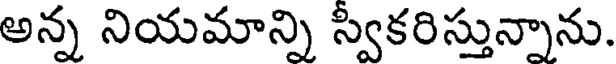
అన్న నియమాన్ని స్వికరిస్తున్నాను.